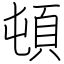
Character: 頓